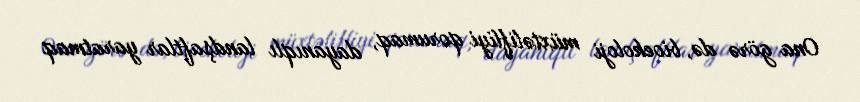
Ona görə də, bioekoloji müxtəlifliyi qorumaq, dayanıqlı landşaftlar yaratmaq